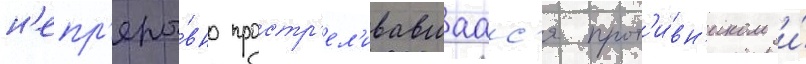
н'епр'еры́вно простр'ел'ивавшаас'я прот'и́вн'иком и́